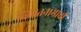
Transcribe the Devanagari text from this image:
व्हियेतनामाची